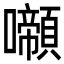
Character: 𡄶